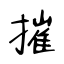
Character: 摧